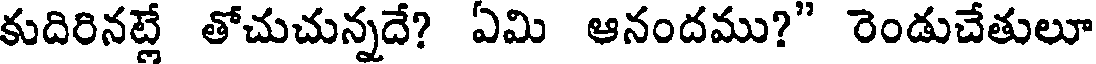
కుదిరినట్లే తోచుచున్నదే? ఏమి ఆనందము?" రెండుచేతులూ